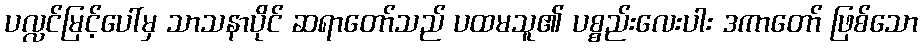
ပလ္လင်မြင့်ပေါ်မှ သာသနာပိုင် ဆရာတော်သည် ပထမသူ၏ ပစ္စည်းလေးပါး ဒကာတော် ဖြစ်သော